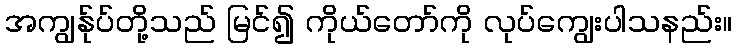
အကျွန်ုပ်တို့သည် မြင်၍ ကိုယ်တော်ကို လုပ်ကျွေးပါသနည်း။